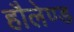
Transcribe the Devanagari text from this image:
हौलेण्ड